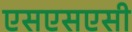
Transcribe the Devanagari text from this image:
एसएसएसी